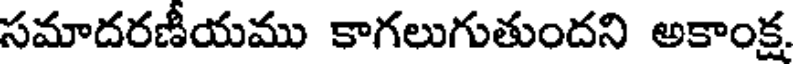
సమాదరణీయము కాగలుగుతుందని అకాంక్ష.